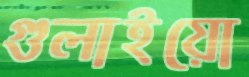
গুলাইয়ো